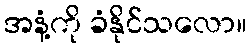
အနံ့ကို ခံနိုင်သလော။